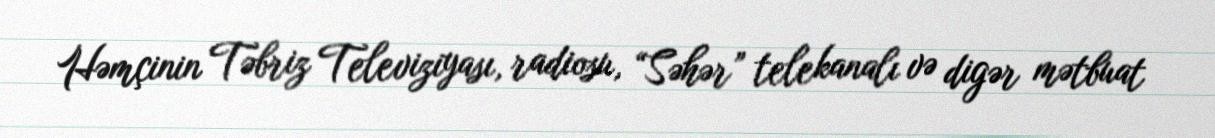
Həmçinin Təbriz Televiziyası, radiosu, “Səhər” telekanalı və digər mətbuat